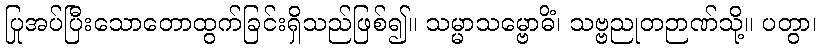
ပြုအပ်ပြီးသောတောထွက်ခြင်းရှိသည်ဖြစ်၍။ သမ္မာသမ္ဗောဓိံ၊ သဗ္ဗညုတဉာဏ်သို့။ ပတွာ၊